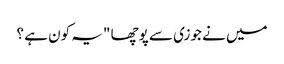
میں نے جوزی سے پوچھا "یہ کون ہے ؟